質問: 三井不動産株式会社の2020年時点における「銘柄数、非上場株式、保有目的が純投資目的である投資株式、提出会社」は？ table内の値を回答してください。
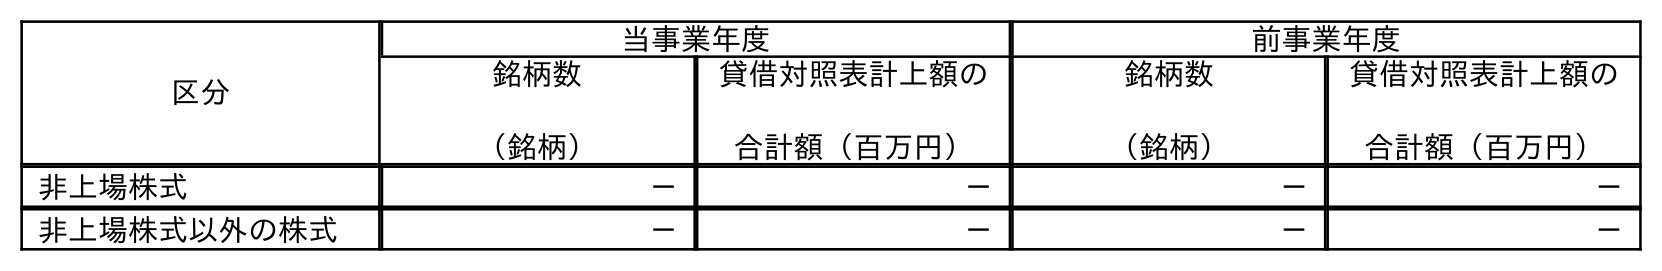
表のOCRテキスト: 区分 当事業年度 前事業年度 銘柄数 （銘柄） 貸借対照表計上額の 合計額（百万円） 銘柄数 （銘柄） 貸借対照表計上額の 合計額（百万円） 非上場株式 － － － － 非上場株式以外の株式 － － － －
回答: －